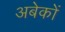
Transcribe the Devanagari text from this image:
अबेकों